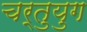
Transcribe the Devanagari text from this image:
चर्तुयुग